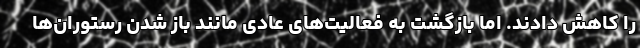
را کاهش دادند. اما بازگشت به فعالیت‌های عادی مانند باز شدن رستوران‌ها